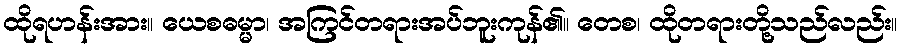
ထိုရဟန်းအား။ ယေစဓမ္မာ၊ အကြင်တရားအပ်ဘူးကုန်၏။ တေစ၊ ထိုတရားတို့သည်လည်း။